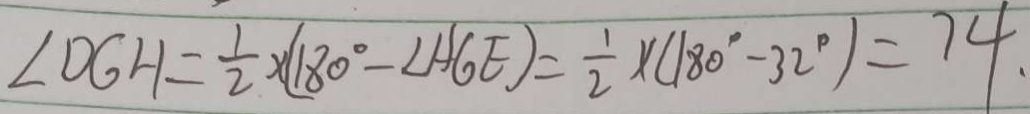
\angle D G H = \frac { 1 } { 2 } \times ( 1 8 0 ^ { \circ } - \angle A G E ) = \frac { 1 } { 2 } \times ( 1 8 0 ^ { \circ } - 3 2 ^ { \circ } ) = 7 4